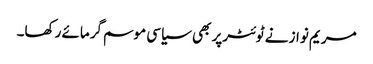
مریم نواز نے ٹوئٹرپر بھی سیاسی موسم گرمائے رکھا۔